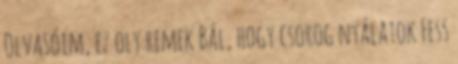
Olvasóim, ez oly remek Bál, hogy csorog nyálatok Fess